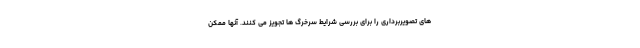
های تصویربرداری را برای بررسی شرایط سرخرگ ها تجویز می کنند. آنها ممکن